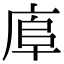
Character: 𢈹